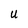
Character: U